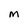
Character: M